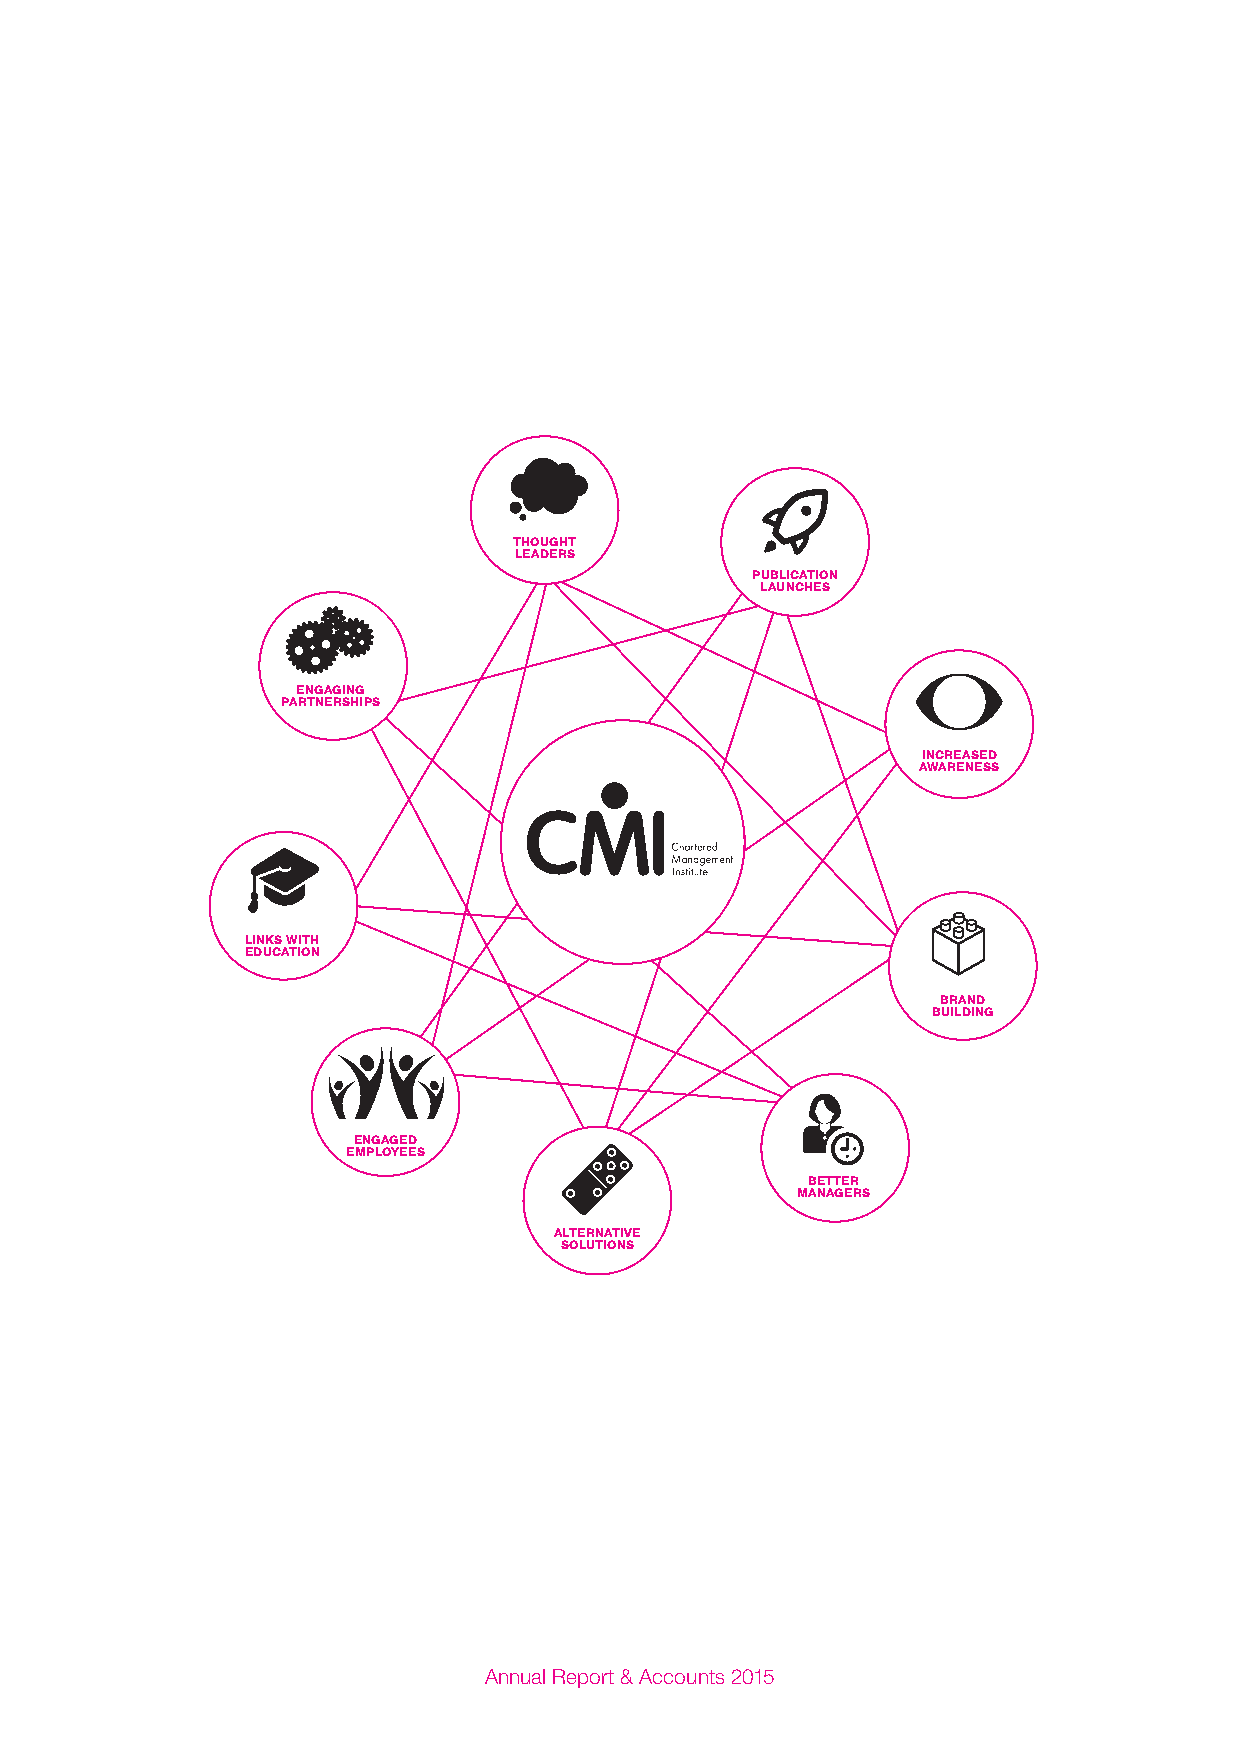
THOUGHT
 LEADERS
 PUBLICATION
 LAUNCHES
 ENGAGING
 PARTNERSHIPS
 INCREASED
 AWARENESS
 LINKS WITH
 EDUCATION
 BRAND
 BUILDING
 ENGAGED
 CMI                                                                                                  EMPLOYEES
 3rd Floor, 77 Kingsway,                                                                                                             BETTER
 MANAGERS
 London WC2B 6RS
 ALTERNATIVE
 www.managers.org.uk                                                                                                 SOLUTIONS
 Incorporated by Royal Charter
 Registered charity number 1091035
 Charity registered in Scotland No SCO38105
 ISBN 0-85946-449-0
 ©Chartered Management Institute
 4828 08/14                                                                                                     Annual Report & Accounts 2015